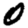
Digit: 0